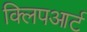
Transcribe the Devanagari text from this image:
क्लिपआर्ट